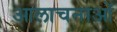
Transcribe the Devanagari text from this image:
आलाचनाओं